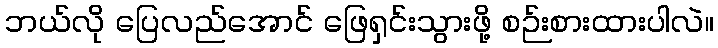
ဘယ်လို ပြေလည်အောင် ဖြေရှင်းသွားဖို့ စဉ်းစားထားပါလဲ။